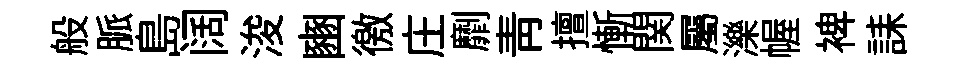
般脈島阔浚豳徼庄劘靑擅慚関屬濼幄裨誄